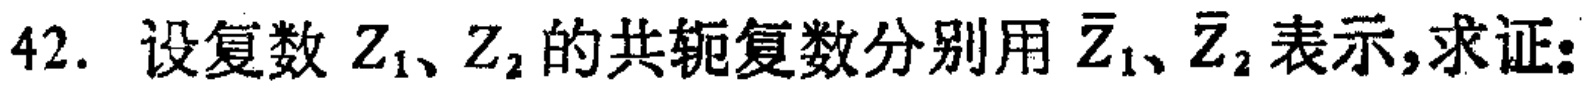
42. 设复数 \(Z_1、Z_2\) 的共轭复数分别用 \(\overline{Z}_1、\overline{Z}_2\) 表示,求证: